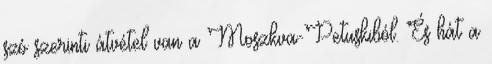
szó szerinti átvétel van a Moszkva-Petuskiból. És hát a